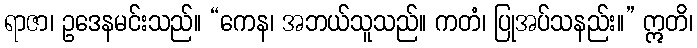
ရာဇာ၊ ဥဒေနမင်းသည်။ “ကေန၊ အဘယ်သူသည်။ ကတံ၊ ပြုအပ်သနည်း။” ဣတိ၊